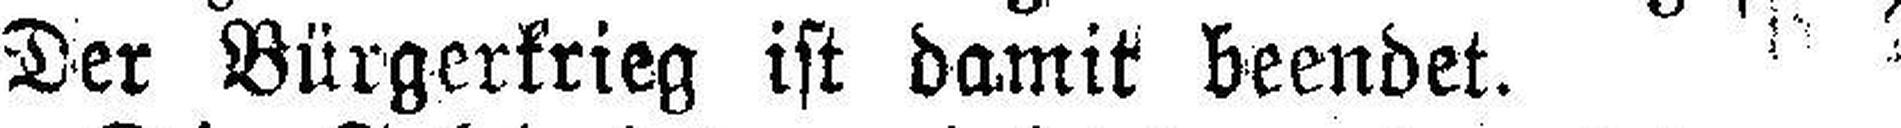
Der Bürgerkrieg ist damit beendet.